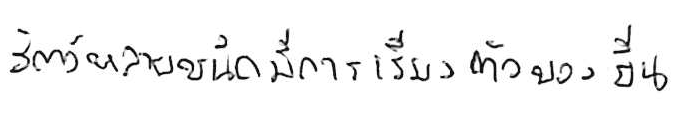
สัตว์หลายชนิดมีการเรียงตัวของยีน